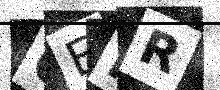
Text: 6EMR